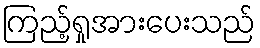
ကြည့်ရှုအားပေးသည်